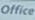
Office